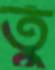
তুঁ